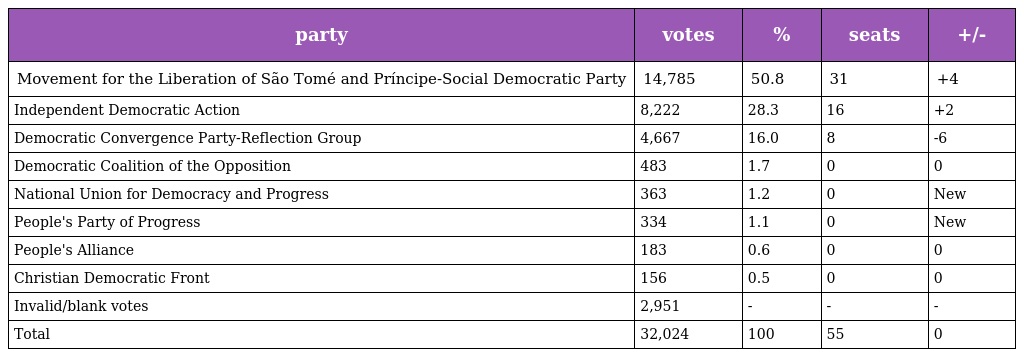
| party | votes | % | seats | +/- |
 | --- | --- | --- | --- | --- |
 | Movement for the Liberation of São Tomé and Príncipe-Social Democratic Party | 14,785 | 50.8 | 31 | +4 |
 | Independent Democratic Action | 8,222 | 28.3 | 16 | +2 |
 | Democratic Convergence Party-Reflection Group | 4,667 | 16.0 | 8 | -6 |
 | Democratic Coalition of the Opposition | 483 | 1.7 | 0 | 0 |
 | National Union for Democracy and Progress | 363 | 1.2 | 0 | New |
 | People's Party of Progress | 334 | 1.1 | 0 | New |
 | People's Alliance | 183 | 0.6 | 0 | 0 |
 | Christian Democratic Front | 156 | 0.5 | 0 | 0 |
 | Invalid/blank votes | 2,951 | - | - | - |
 | Total | 32,024 | 100 | 55 | 0 |